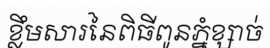
ខ្លឹមសារនៃពិធីពូនភ្នំខ្សាច់